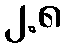
၂.၈